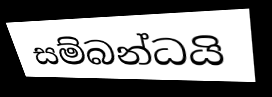
සම්බන්ධයි